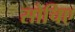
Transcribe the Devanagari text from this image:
सोचिए